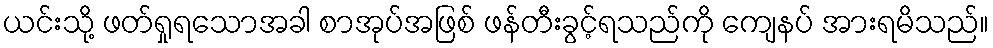
ယင်းသို့ ဖတ်ရှုရသောအခါ စာအုပ်အဖြစ် ဖန်တီးခွင့်ရသည်ကို ကျေနပ် အားရမိသည်။